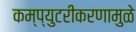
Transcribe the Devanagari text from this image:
कम्प्युटरीकरणामुळे